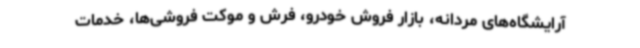
آرایشگاه‌های مردانه، بازار فروش خودرو، فرش و موکت فروشی‌ها، خدمات